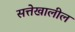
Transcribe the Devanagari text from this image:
सत्तेखालील